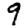
Digit: 9